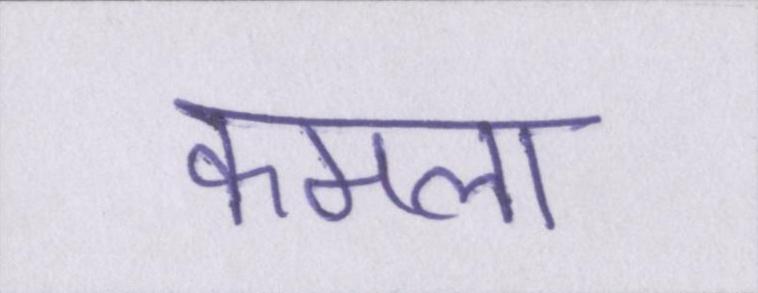
कमला